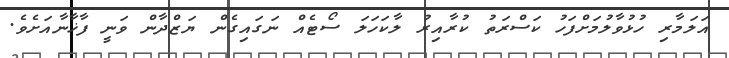
އަލަމާރި ހުޅުވާލުމަށްފަހު ކަސްރަތު ކުރާއިރު ލާކަހަލަ ސޯޓެއް ނަގައިގެން ޔަޒްދާން ވަނީ ފާޚާނާއަށެވެ.